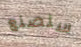
سنصنع